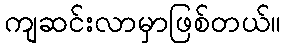
ကျဆင်းလာမှာဖြစ်တယ်။